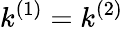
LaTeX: k^{(1)}=k^{(2)}